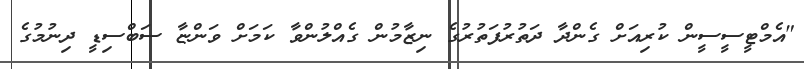
"އެމްޓީސީސީން ކުރިއަށް ގެންދާ ދަތުރުފަތުރުގެ ނިޒާމުން ގެއްލުންވާ ކަމަށް ވަންޏާ ސަބްސިޑީ ދިނުމުގެ